Leaving Certificate, 1900
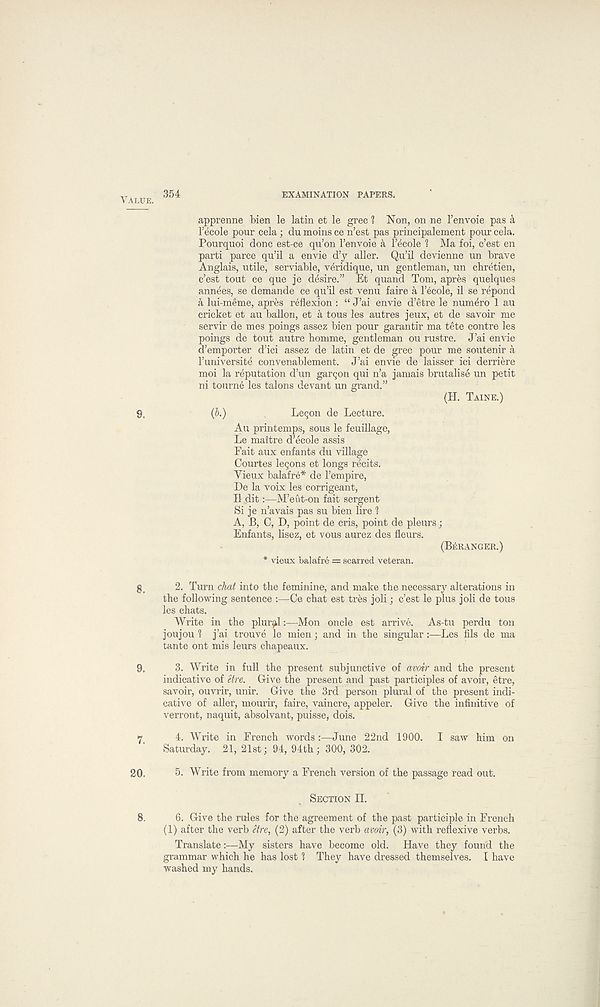
VALUE.
354
EXAMINATION PAPERS.
apprenne bien le latin et le grec 1 Non, on ne 1’envoie pas i\
1’ecole pour cela; du moins ce n’est pas principalement pour cela.
Pourquoi done est-ce qu’on 1’envoie k I’ecole ? Ma foi, e’est en
parti parce qu’il a envie d’y aller. Qu’il devienne un brave
Anglais, utile, serviable, veridique, un gentleman, un chretien,
e’est tout ce que je desire.” Et quand Tom, apres quelques
annees, se demande ce qu’il est venu faire 4 I’ecole, il se repond
a lui-meme, apres reflexion : “ J’ai envie d’etre le numero 1 au
cricket et au ballon, et a tous les autres jeux, et de savoir me
servir de mes poings assez bien pour garantir ma tete centre les
poings de tout autre homme, gentleman ou rustre. J’ai envie
d’emporter d’ici assez de latin et de grec pour me soutenir a
1’universite convenablement. J’ai envie de laisser ici derriere
moi la reputation d’un garejon qui n’a jamais brutalise un petit
ni tourne les talons devant un grand.”
(H. TAINE.)
9,
(6.)
LeQon de Lecture.
Au printemps, sous le feuillage,
Le maitre d’ecole assis
Fait aux enfants du village
Oourtes logons et longs recits.
Vieux balafre* de I’empire,
De la voix les corrigeant,
II dit:—M’eut-on fait sergent
Si je n’avais pas su bien lire 1
A, B, C, D, point de cris, point de pleurs;
Enfants, lisez, et vous aurez des fleurs.
(BERANGER.)
* vieux balafre = scarred veteran.
g_
2. Turn chat into the feminine, and make the necessary alterations in
the following sentence :—Ce chat est tres joli; e’est le plus joli de tous
les chats.
Write in the plural:—Mon oncle est arrive. As-tu perdu ton
joujou 1 j’ai trouve le mien; and in the singular:—Les fils de ma
tante ont mis leurs chapeaux.
9,
3. Write in full the present subjunctive of avoir and the present
indicative of etre. Give the present and past participles of avoir, etre,
savoir, ouvrir, unir. Give the 3rd person plural of the present indi-
cative of aller, mourir, faire, vaincre, appeler. Give the infinitive of
verront, naquit, absolvant, puisse, dois.
7
4. Write in French words:—June 22nd 1900. I saw him on
Saturday. 21, 21st; 94, 94th; 300, 302.
20.
5. Write from memory a French version of the passage read out.
SECTION II.
8.
6. Give the rules for the agreement of the past participle in French
(1) after the verb etre, (2) after the verb avoir, (3) with reflexive verbs.
Translate:—My sisters have become old. Have they found the
grammar which he has lost 1 They have dressed themselves. I have
washed my hands.